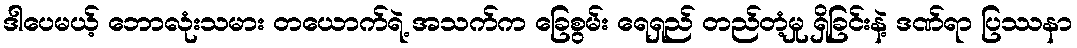
ဒါပေမယ့် ဘောလုံးသမား တယောက်ရဲ့ အသက်က ခြေစွမ်း ရေရှည် တည်တံ့မှု ရှိခြင်းနဲ့ ဒဏ်ရာ ပြဿနာ